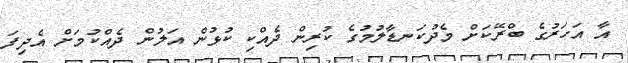
އާ އަހަރުގެ ބްރޭކަށް މެދުކަނޑާލުމުގެ ކުރިން ދެއްކި ކުޅުން އަލުން ދެއްކުމަށް އެދިފަ